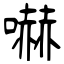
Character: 嚇